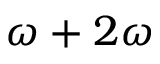
\omega + 2 \omega